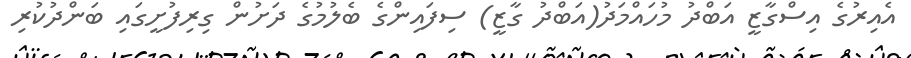
އެއިރުގެ އިސްގާޒީ އަބްދު މުހައްމަދު(އަބްދު ގާޒީ) ސިފައިންގެ ބެލުމުގެ ދަށުން ގިރިފުށީގައި ބަންދުކުރި